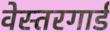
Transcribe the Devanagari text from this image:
वेस्तरगार्ड